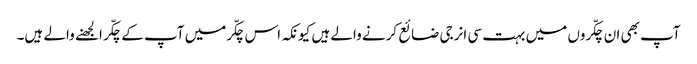
آپ بھی ان چکّروں میں بہت سی انرجی ضائع کرنے والے ہیں کیونکہ اس چکّرمیں آپ کے چکّر الجھنے والے ہیں۔